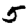
Digit: 5